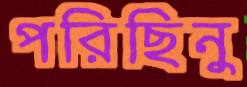
পরিছিনু